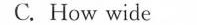
C. How wide